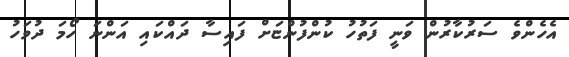
އެހެންވެ ސަރުކާރުން ވަނީ ފަތުހު ކުންފުންޏަށް ފައިސާ ދައްކައި އަންނަ ހޯމަ ދުވަހު